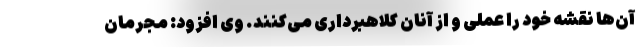
آن‌ها نقشه خود را عملی و از آنان کلاهبرداری می‌کنند. وی افزود: مجرمان